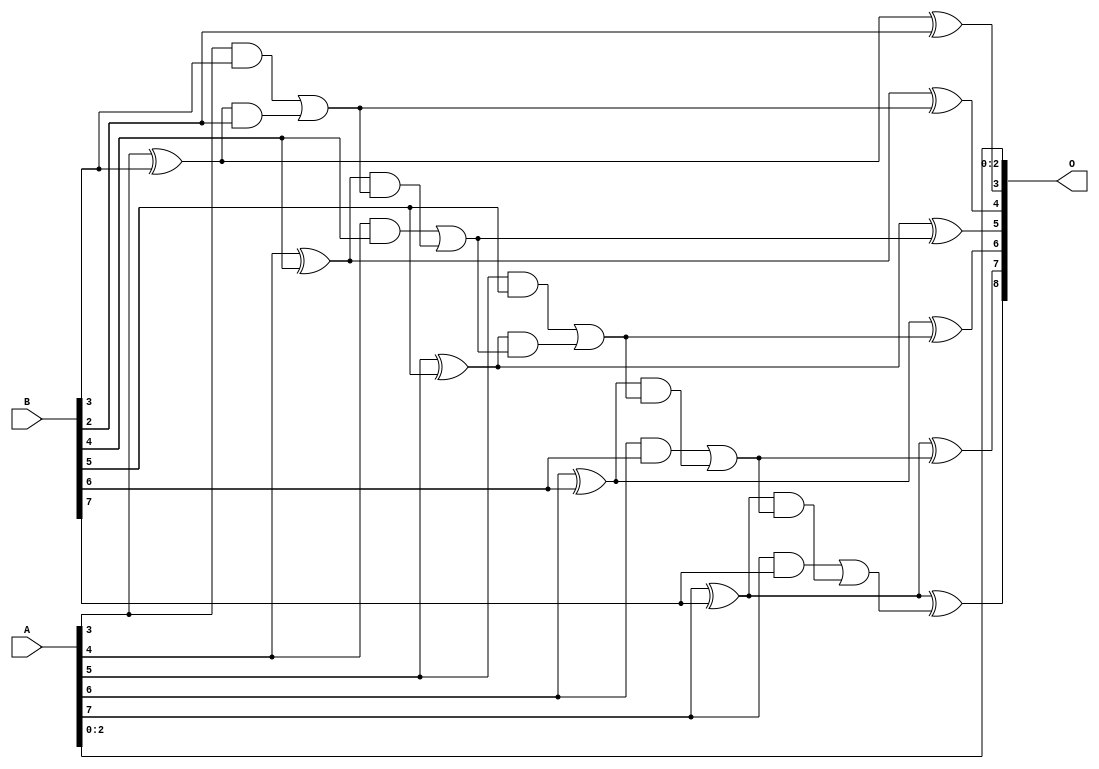
/***
* This code is a part of EvoApproxLib library (ehw.fit.vutbr.cz/approxlib) distributed under The MIT License.
* When used, please cite the following article(s): V. Mrazek, L. Sekanina, Z. Vasicek "Libraries of Approximate Circuits: Automated Design and Application in CNN Accelerators" IEEE Journal on Emerging and Selected Topics in Circuits and Systems, Vol 10, No 4, 2020 
* This file contains a circuit from a sub-set of pareto optimal circuits with respect to the pwr and wce parameters
***/
// MAE% = 0.78 %
// MAE = 2.0 
// WCE% = 1.56 %
// WCE = 4.0 
// WCRE% = 400.00 %
// EP% = 87.50 %
// MRE% = 8.05 %
// MSE = 5.5 
// PDK45_PWR = 0.023 mW
// PDK45_AREA = 48.8 um2
// PDK45_DELAY = 0.43 ns

module add8se_90R (
    A,
    B,
    O
);

input [7:0] A;
input [7:0] B;
output [8:0] O;

wire sig_28,sig_29,sig_30,sig_31,sig_32,sig_33,sig_34,sig_35,sig_36,sig_37,sig_38,sig_39,sig_40,sig_41,sig_42,sig_43,sig_44,sig_45,sig_46,sig_47;
wire sig_48,sig_49,sig_50,sig_51,sig_52,sig_53,sig_54;

assign sig_28 = A[3] ^ B[3];
assign sig_29 = A[3] & B[3];
assign sig_30 = sig_28 & B[2];
assign sig_31 = sig_28 ^ B[2];
assign sig_32 = sig_29 | sig_30;
assign sig_33 = A[4] ^ B[4];
assign sig_34 = A[4] & B[4];
assign sig_35 = sig_33 & sig_32;
assign sig_36 = sig_33 ^ sig_32;
assign sig_37 = sig_34 | sig_35;
assign sig_38 = A[5] ^ B[5];
assign sig_39 = A[5] & B[5];
assign sig_40 = sig_38 & sig_37;
assign sig_41 = sig_38 ^ sig_37;
assign sig_42 = sig_39 | sig_40;
assign sig_43 = A[6] ^ B[6];
assign sig_44 = A[6] & B[6];
assign sig_45 = sig_43 & sig_42;
assign sig_46 = sig_43 ^ sig_42;
assign sig_47 = sig_44 | sig_45;
assign sig_48 = A[7] ^ B[7];
assign sig_49 = A[7] & B[7];
assign sig_50 = sig_48 & sig_47;
assign sig_51 = sig_48 ^ sig_47;
assign sig_52 = sig_49 | sig_50;
assign sig_53 = A[7] ^ B[7];
assign sig_54 = sig_53 ^ sig_52;

assign O[8] = sig_54;
assign O[7] = sig_51;
assign O[6] = sig_46;
assign O[5] = sig_41;
assign O[4] = sig_36;
assign O[3] = sig_31;
assign O[2] = A[2];
assign O[1] = A[1];
assign O[0] = A[0];

endmodule